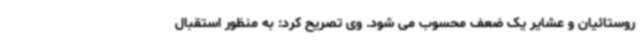
روستائیان و عشایر یک ضعف محسوب می شود. وی تصریح کرد: به منظور استقبال